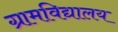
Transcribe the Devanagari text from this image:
ग्रामविद्यालय